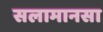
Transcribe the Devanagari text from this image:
सलामानसा